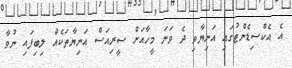
އެ އެކްސިޑެންޓުގައި އަނިޔާވި ދެ ވަނަ މީހާއަށް ސީރިއަސް އަނިޔާތަކެއް ލިބިފައި ނުވާ